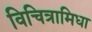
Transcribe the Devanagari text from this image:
विचित्रामिधा